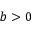
b > 0